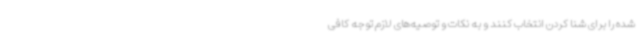
شده را برای شنا کردن انتخاب کنند و به نکات و توصیه‌های لازم توجه کافی